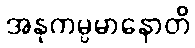
အနုကမ္ပမာနောတိ